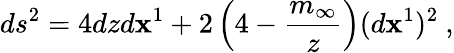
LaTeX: ds^{2}=4dzd\mathbf{x}^{1}+2\left(4-\frac{{m_{\infty}}}{{z}}\right)(d\mathbf{x}^{1})^{2}\ ,